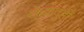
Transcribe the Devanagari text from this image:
खेळादुही